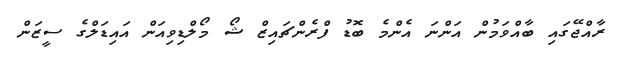
ރާއްޖޭގައި ބާއްވަމުން އަންނަ އެންމެ ބޮޑު ފްރެންޗައިޒް ޝޯ މޯލްޑިވިއަން އައިޑަލްގެ ސީޒަން